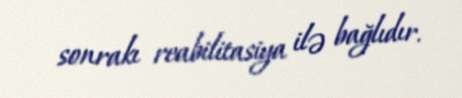
sonrakı reabilitasiya ilə bağlıdır.